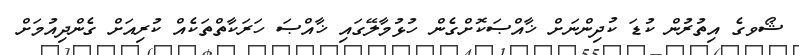
ޝޯވގެ އިތުރުން ކުޑަ ކުދިންނަށް ޚާއްޞަކޮށްގެން ހުޅުމާލޭގައި ޚާއްޞަ ހަރަކާތްތަކެއް ކުރިއަށް ގެންދިއުމަށް